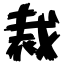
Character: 裁